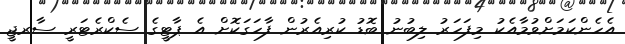
އެހެންކަމަށްވުމާއެކު މިފަހަރު ލިބުނު ބޮޑު ކުރިއެރުން ފާހަގަކޮށް އެ ޕާޓީގެ ސެކްރެޓަރީ ސާރޖީ